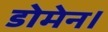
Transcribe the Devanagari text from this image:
डोमेन।